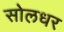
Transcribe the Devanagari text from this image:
सोलधर